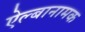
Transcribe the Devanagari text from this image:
ऐल्बानामक